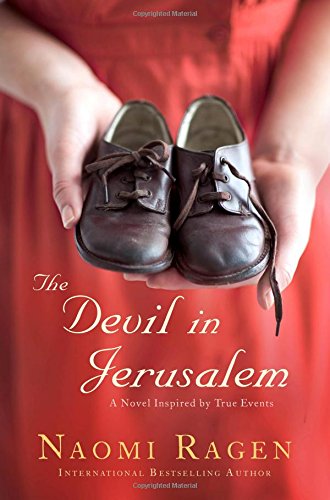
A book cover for The Devil in Jerusalem: A Novel; Naomi Ragen; Mystery, Thriller & Suspense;